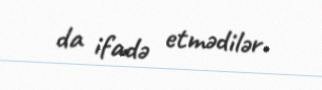
da ifadə etmədilər.